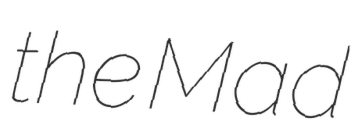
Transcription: the Mad